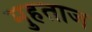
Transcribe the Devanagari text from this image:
मुहताज